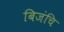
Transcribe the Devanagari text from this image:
बिजंचि